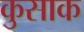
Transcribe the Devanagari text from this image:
कुसाक